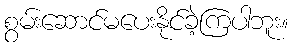
စွမ်းဆောင်မပေးနိုင်ခဲ့ကြပါဘူး။